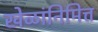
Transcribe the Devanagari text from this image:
खेळांनिमित्त